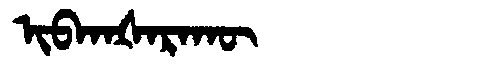
Manchu: ᡳᠪᡴᠠᡧᠠᡵᠠᡴᡡ
Romanization: IBKAŠARAKŪ